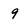
Character: 9